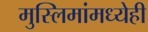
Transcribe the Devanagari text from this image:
मुस्लिमांमध्येही